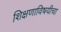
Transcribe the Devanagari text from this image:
शिक्षणाविषयीचा